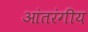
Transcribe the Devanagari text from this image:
आंतरंगीय